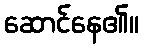
ဆောင်နေ၏။